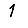
Digit: 1